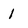
Character: 1